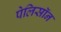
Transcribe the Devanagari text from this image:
पेलिसॉन